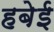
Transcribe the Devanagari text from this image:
हबेई